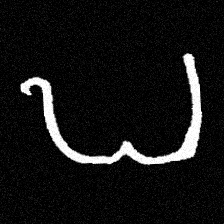
Pyu character \u2014 Myanmar letter: ဎ (romanized: ddha)